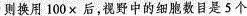
则换用100×后，视野中的细胞数目是5个